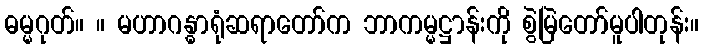
ဓမ္မဂုတ်။ ။ မဟာဂန္ဓာရုံဆရာတော်က ဘာကမ္မဋ္ဌာန်းကို စွဲမြဲတော်မူပါတုန်း။